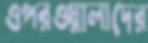
ওপরওয়ালাদের